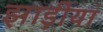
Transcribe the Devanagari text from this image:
झाड़ीयां